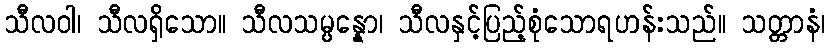
သီလဝါ၊ သီလရှိသော။ သီလသမ္ပန္နော၊ သီလနှင့်ပြည့်စုံသောရဟန်းသည်။ သတ္တာနံ၊